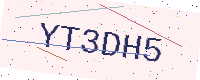
Text: YT3DH5